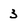
Character: 3